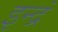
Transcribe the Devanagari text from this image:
इन्द्रं